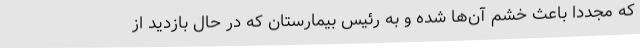
که مجددا باعث خشم آن‌ها شده و به رئیس بیمارستان که در حال بازدید از